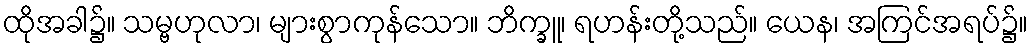
ထိုအခါ၌။ သမ္ဗဟုလာ၊ များစွာကုန်သော။ ဘိက္ခူ၊ ရဟန်းတို့သည်။ ယေန၊ အကြင်အရပ်၌။